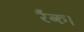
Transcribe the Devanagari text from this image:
रैंक।